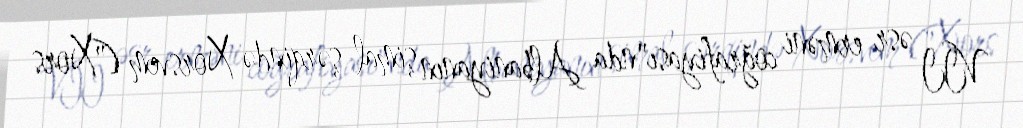
VII əsr erməni coğrafiyası"nda Albaniyanın şimal-şərqində Xorsvem ("Xors